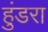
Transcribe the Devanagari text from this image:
हुंडरा